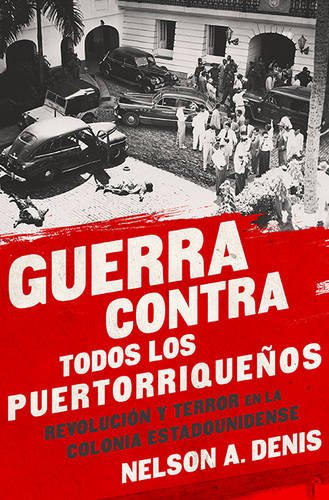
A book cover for Guerra Contra Todos los PuertorriqueÃ±os: RevoluciÃ³n y Terror en la Colonia Americana (Spanish Edition); Nelson A Denis; History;